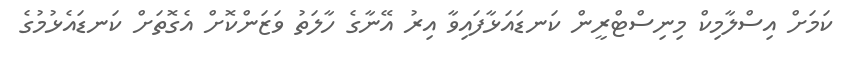
ކަމަށް އިސްލާމިކް މިނިސްޓްރީން ކަނޑައަޅާފައިވާ އިރު އޭނާގެ ހާލަތު ވަޒަންކޮށް އެގޮތަށް ކަނޑައެޅުމުގެ